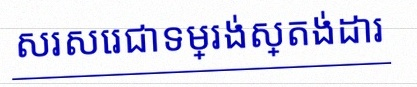
សរសេរជាទម្រង់ស្តង់ដារ